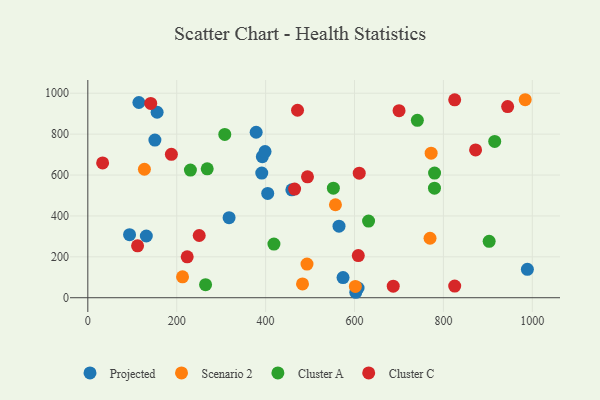
{"axis": {"x": "Study Hours", "y": "Sales"}, "legend": ["Cluster A", "Cluster C", "Projected", "Scenario 2"], "data": [{"x": "155.9", "y": 907.1, "type": "Projected"}, {"x": "392.6", "y": 689.9, "type": "Projected"}, {"x": "565.1", "y": 349.8, "type": "Projected"}, {"x": "93.9", "y": 308.4, "type": "Projected"}, {"x": "378.7", "y": 809.3, "type": "Projected"}, {"x": "459.0", "y": 527.9, "type": "Projected"}, {"x": "574.2", "y": 98.4, "type": "Projected"}, {"x": "317.8", "y": 391.7, "type": "Projected"}, {"x": "602.9", "y": 26.7, "type": "Projected"}, {"x": "608.0", "y": 47.7, "type": "Projected"}, {"x": "150.9", "y": 770.9, "type": "Projected"}, {"x": "398.7", "y": 714.7, "type": "Projected"}, {"x": "404.7", "y": 510.2, "type": "Projected"}, {"x": "391.3", "y": 609.6, "type": "Projected"}, {"x": "131.6", "y": 301.8, "type": "Projected"}, {"x": "114.9", "y": 954.8, "type": "Projected"}, {"x": "988.9", "y": 138.9, "type": "Projected"}, {"x": "984.0", "y": 968.3, "type": "Scenario 2"}, {"x": "769.9", "y": 291.0, "type": "Scenario 2"}, {"x": "483.0", "y": 67.5, "type": "Scenario 2"}, {"x": "493.1", "y": 164.6, "type": "Scenario 2"}, {"x": "601.9", "y": 55.1, "type": "Scenario 2"}, {"x": "772.4", "y": 707.1, "type": "Scenario 2"}, {"x": "557.1", "y": 454.8, "type": "Scenario 2"}, {"x": "127.3", "y": 628.2, "type": "Scenario 2"}, {"x": "213.1", "y": 102.1, "type": "Scenario 2"}, {"x": "741.4", "y": 867.5, "type": "Cluster A"}, {"x": "308.1", "y": 798.4, "type": "Cluster A"}, {"x": "902.9", "y": 275.8, "type": "Cluster A"}, {"x": "915.4", "y": 764.4, "type": "Cluster A"}, {"x": "779.9", "y": 536.0, "type": "Cluster A"}, {"x": "268.6", "y": 630.3, "type": "Cluster A"}, {"x": "264.9", "y": 63.8, "type": "Cluster A"}, {"x": "418.7", "y": 262.4, "type": "Cluster A"}, {"x": "780.1", "y": 609.7, "type": "Cluster A"}, {"x": "631.6", "y": 375.1, "type": "Cluster A"}, {"x": "230.8", "y": 624.3, "type": "Cluster A"}, {"x": "552.4", "y": 535.7, "type": "Cluster A"}, {"x": "944.5", "y": 934.8, "type": "Cluster C"}, {"x": "494.2", "y": 591.3, "type": "Cluster C"}, {"x": "700.2", "y": 914.8, "type": "Cluster C"}, {"x": "33.3", "y": 659.2, "type": "Cluster C"}, {"x": "608.5", "y": 206.4, "type": "Cluster C"}, {"x": "687.1", "y": 56.7, "type": "Cluster C"}, {"x": "188.0", "y": 701.4, "type": "Cluster C"}, {"x": "825.4", "y": 967.8, "type": "Cluster C"}, {"x": "465.2", "y": 531.3, "type": "Cluster C"}, {"x": "250.6", "y": 304.3, "type": "Cluster C"}, {"x": "471.8", "y": 916.8, "type": "Cluster C"}, {"x": "141.5", "y": 950.1, "type": "Cluster C"}, {"x": "872.4", "y": 722.6, "type": "Cluster C"}, {"x": "111.9", "y": 254.0, "type": "Cluster C"}, {"x": "825.4", "y": 57.0, "type": "Cluster C"}, {"x": "223.6", "y": 200.3, "type": "Cluster C"}, {"x": "610.6", "y": 609.2, "type": "Cluster C"}]}